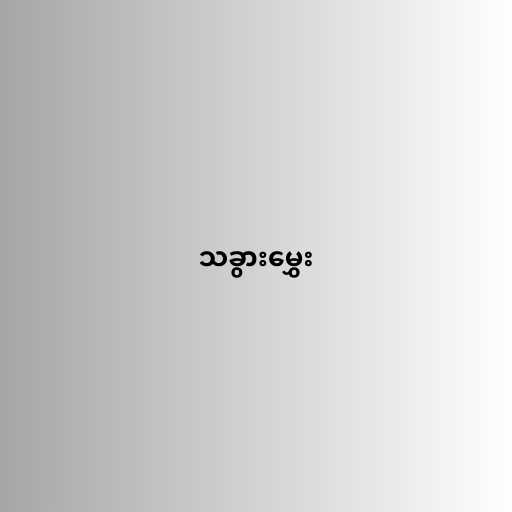
သခွားမွှေး